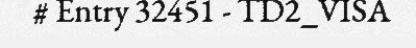
# Entry 32451 - TD2_VISA